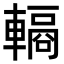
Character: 𮝣